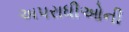
અપરાધીઓની